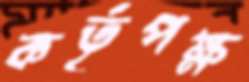
কর্তৃপক্ষ